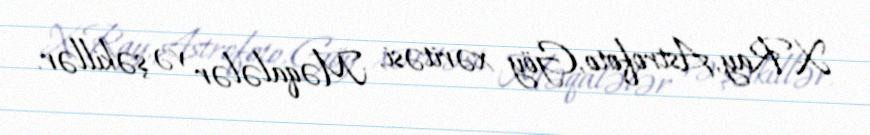
X-Ray, Astrofoto, Göy xəritəsi, Məqalələr və şəkillər.